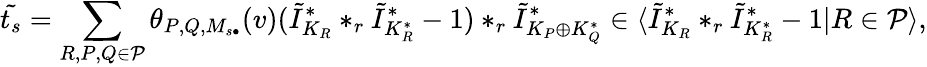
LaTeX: \tilde{t_{s}}=\sum_{R,P,Q\in{\mathcal P}}\theta_{P,Q,M_{s\bullet}}(v)(\tilde{I}_{K_{R}}^{*}*_{r}\tilde{I}_{K_{R}^{*}}^{*}-1)*_{r}\tilde{I}_{K_{P}\oplus K_{Q}^{*}}^{*}\in\langle\tilde{I}_{K_{R}}^{*}*_{r}\tilde{I}_{K_{R}^{*}}^{*}-1|R\in{\mathcal P}\rangle,